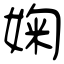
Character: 婅